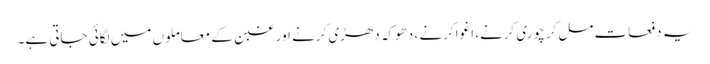
یہ دفعات مل‌کر چوری کرنے، اغوا کرنے ، دھوکہ دھڑی کرنے اور غبن کے معاملوں میں لگائی جاتی ہے۔